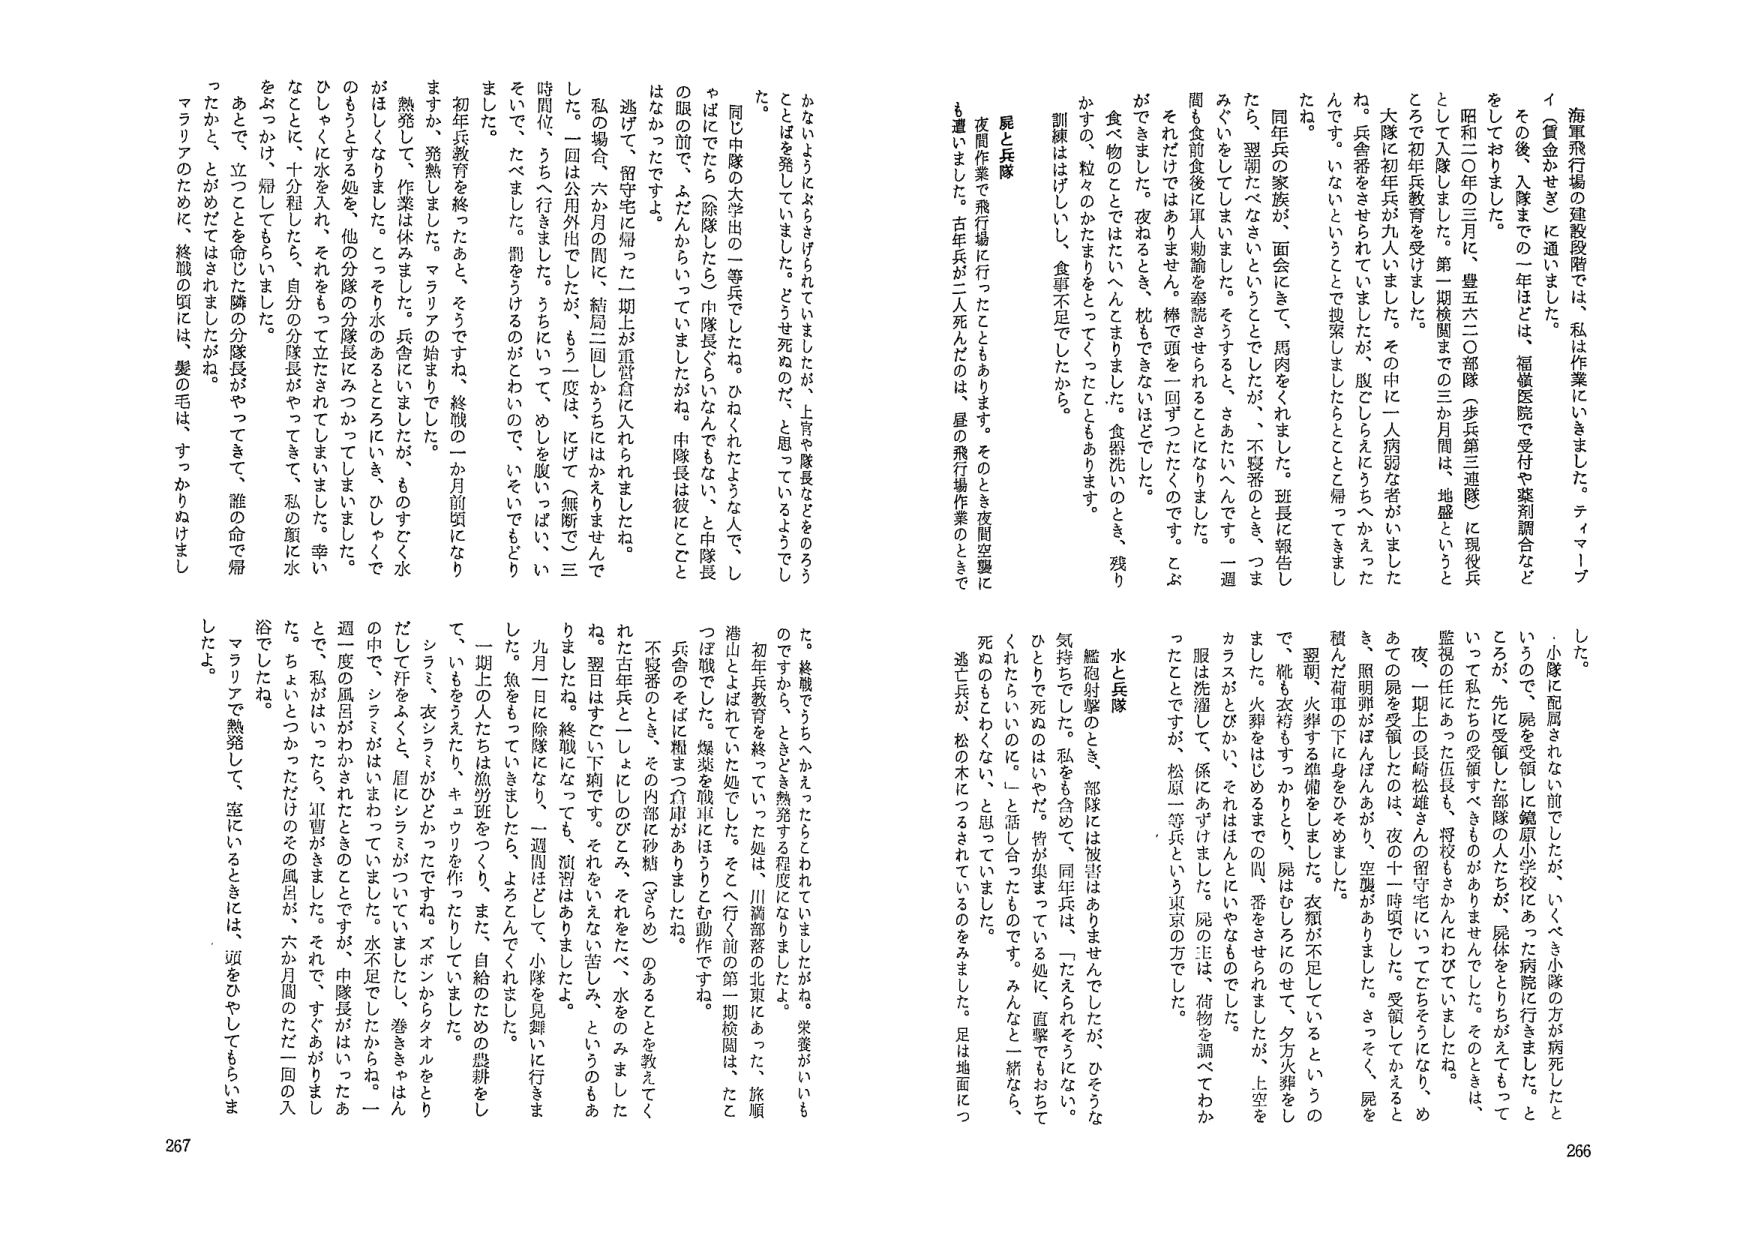
海軍飛行場の建設段階では、私は作業にいきました。ティマーブ
イ（賞金かせぎ）に通いました。
その後、入隊までの一年ほどは、福嶺医院で受付や薬剤調合など
をしておりました。
昭和二〇年の三月に、豊五六〇部隊（歩兵第三連隊）に現役兵
として入隊しました。第一期検閲までの三か月間は、地盤というと
ころで初年兵教育を受けました。
大隊に初年兵が九人いました。その中に一人病弱な者がいました
ね。兵舎帯をさせられていましたが、腹こしらえにうちへかえった
んです。いないということで捜索しましたらことと帰ってきました
ね。
同年兵の家族が、面会にきて、馬肉をくれました。班長に報告し
たら、翌朝たべなさいということでしたが、不整番のとき、つま
みぐいをしてしまいました。そうすると、さめたいへんです。一週
間も食前食後に軍人勅諭を誦読させられることになりました。
それだけではありません。棒で頭を一回すったたくのです。こぶ
ができました。夜ねるとき、枕もできないほどでした。
食べ物のことでただいへんとまりました。食器洗いのとき、残り
かす、粒々のかたまりをとってくったこともあります。
訓練はけげしい、食事不足でしたから。
屍と兵隊
夜間作業で飛行場に行ったこともあります。そのとき夜間空襲に
も遭いました。青年兵が二人死んだのは、昼の飛行場作業のときで
した。
小隊に配属されない前でしたが、いくべき小隊の方が病死したと
いうので、屍を受領して鎧原小学校にあつた病院に行きました。と
ころが、先に受領した部隊の人たちが、屍体をとりかえすもって
いて私たちの受領すべきものがありませんでした。そのときは、
監視の任にあった伍長も、将校もさかんにわめいていましたね。
夜、一期上の長崎松雄さんの留守宅にいってこちらになり、め
あての屍を受領したのは、夜の十一時頃でした。受領してかえると
き、照明弾がぽんぽんあがり、空襲がありました。さっそく、屍を
積んだ荷車の下に身をひそめました。
翌朝、火葬する準備をしました。衣類が不足しているというの
で、靴も衣桁もすっかりとり、屍はむしろにのせて、夕方火葬をし
ました。火葬をはじめるまでの間、番をさせられましたが、上空を
カラスがとびかい、それはほんとにいやなものでした。
服は洗濯して、係にあずけました。屍の上は、荷物を調べてわか
ったことですが、松原一等兵という東京の方でした。
水と兵隊
艦砲射撃のとき、部隊には被害はありませんでしたが、ひそうな
気持ちでした。私をも含めて、同年兵は、「たえられそうにない。
ひとりで死ぬのはいやだ。皆が集まっている処に、直撃でもおちて
くれたらいいのに。」と話し合ったものです。みんなと一緒なら、
死ぬのもとわくない、と思していました。
逃亡兵が、松の木につるされているのをみました。足は地面につ
かないようによろこばれていましたが、上官や隊長などをのろう
ことを発していきました。どうせ死ぬのだ、と思っているようでし
た。
同じ中隊の大学出の一等兵でしたね。ひねくれたような人で、し
ゃばにでたら（除隊したら）中隊長ぐらいなんでもない、と中隊長
の眼の前で、みだんからいっていましたがね。中隊長は彼にことと
はなかったですよ。
逃げて、留守宅に帰った一期上が重賞食に入れられましたね。
私の場合、六か月の間に、結局二回しかうちにかえりませんで
した。一回は公用外出でしたか、もう一度は、にげて（無断で）三
時間位、うちへ行きまして。うちにいて、めしを腹いっぱい、い
そいで、たべました。罰をうけるのがこわいので、いそいでもどり
ました。
初年兵教育を終ったあと、そうですね、終戦の一か月前頃になり
ますか、発熱しました。マラリアの始まりでした。
熱発して、作業は休みました。兵舎にいましたが、ものすごく水
がほしくなりました。こっそり水のあるところにいき、ひしゃくで
がもうとする処を、他の分隊の分隊長にみつかってしまいました。
ひしゃくに水を入れ、それをもって立たされてしまいました。幸い
なことに、十分程したら、自分の分隊長がやってきて、私の顔に水
をぶっかけ、帰してもらいました。
あとで、立つことを命じた隣の分隊長がやってきて、誰の命で帰
ったかと、とがめだてはされましたね。
マラリアのために、終戦の頃には、髪の毛は、すっかりぬけまし
た。
た。終戦でうちへかえったらこわれていましたがね。栄養がいいも
のですから、ときどき発熱する程度になりました。
初年兵教育を終っていた処は、川満部務の北東にあった、旅順
港山とよばれた処でした。そこへ行く前の第一期検閲は、たと
えば酸でした。爆薬を戦車にはうりとて動作ですね。
兵舎のそばに粗まつ倉庫がありましたね。
不整番のとき、その内部に砂糖（さやめ）のあることを教えてく
れた古年兵と一しょにしのびこみ、それをたべ、水をのみました
ね。翌日はすてい下痢です。それをいえない苦しみ、というのもあ
りましたね。終戦になっても、消毒はありましたよ。
九月一日に除隊になり、一週間ほどして、小隊を見舞いに行きま
した。魚をもっていきましたら、よろこんでくれました。
一期上の人たちは漁労班をつくり、また、自給のための農耕をし
て、いもをうえたり、キュウリを作ったりしていました。
シラミ、衣シラミがひどかったですね。ズボンからタオルをとり
だして汗をふくと、眉にシラミがついていました。巻ききゃはん
の中で、シラミがはいままっていました。水不足でしたからね。一
週一度の風呂がわかされたときのことですが、中隊長がはいったあ
とで、私がはいったら、軍曹がきました。それで、すぐあがりまし
た。ちょいとつかっただけのその風呂が、六か月間のただ一回の入
浴でしたね。
マラリアで熱発して、室にいるときには、頭をひやしてもらいま
したよ。
266
267